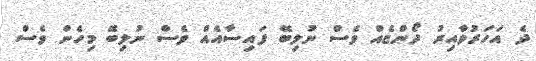
ދެ އަހަރުވާއިރު ދޯންޏެއް ވެސް ނުލިބޭ ފައިސާއެއް ވެސް ނުލިބޭ މިހެން ވެސް